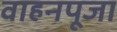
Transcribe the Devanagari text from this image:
वाहनपूजा